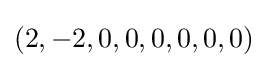
(2,-2,0,0,0,0,0,0)